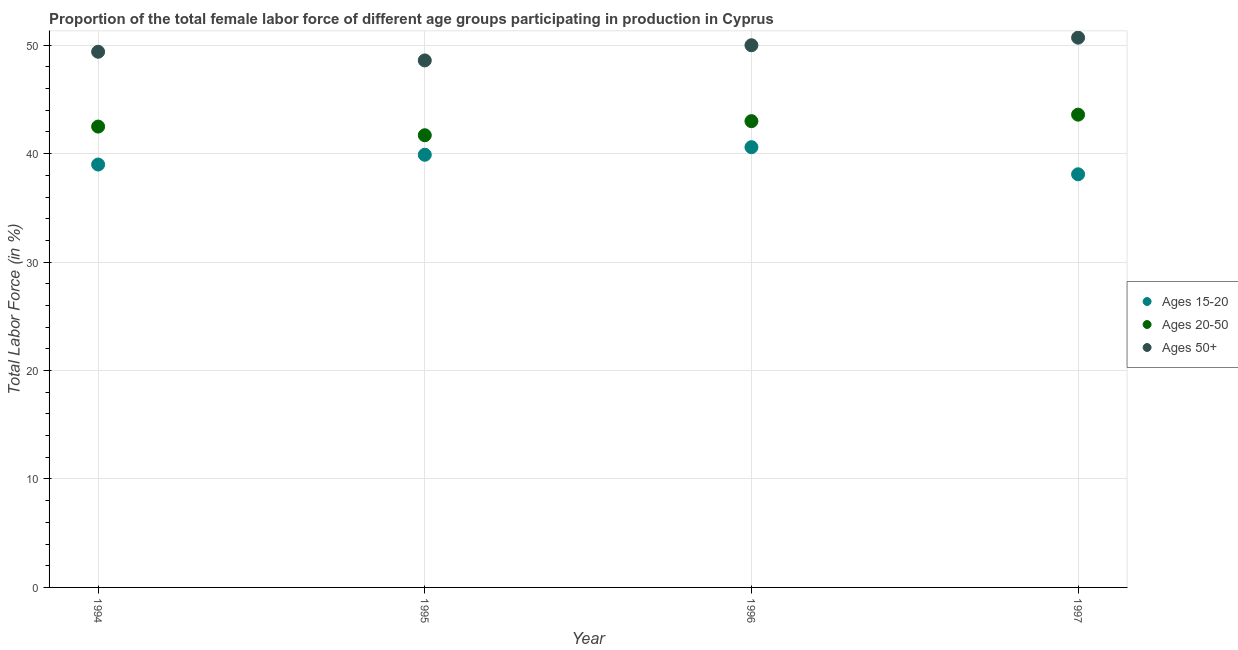
| Year | Ages 15-20 | Ages 20-50 | Ages 50+ |
 | --- | --- | --- | --- |
 | 1994 | 39 | 42.5 | 49.4 |
 | 1995 | 39.9 | 41.7 | 48.6 |
 | 1996 | 40.6 | 43 | 50 |
 | 1997 | 38.1 | 43.6 | 50.7 |